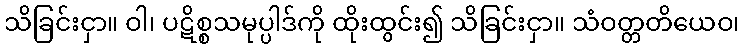
သိခြင်းငှာ။ ဝါ၊ ပဋိစ္စသမုပ္ပါဒ်ကို ထိုးထွင်း၍ သိခြင်းငှာ။ သံဝတ္တတိယေဝ၊